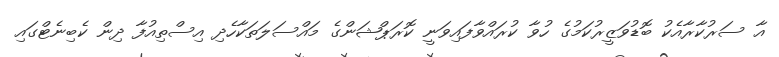
އާ ސަރުކާރާއެކު ބޮޑުވަޒީރުކަމުގެ ހުވާ ކުރައްވާފައިވަނީ ކޮރަޕްޝަންގެ މައްސަލަތަކާހެދި އިސްތިއުފާ ދިން ކެބިނެޓްގައި